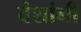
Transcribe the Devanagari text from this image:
वंशांनी